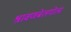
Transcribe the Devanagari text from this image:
श्रावणबेलगोला